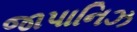
જાપાનિઝ